Civil Veterinary Department. Central Provinces & Berar 1925-31 - 1925-1931
Year: 1925
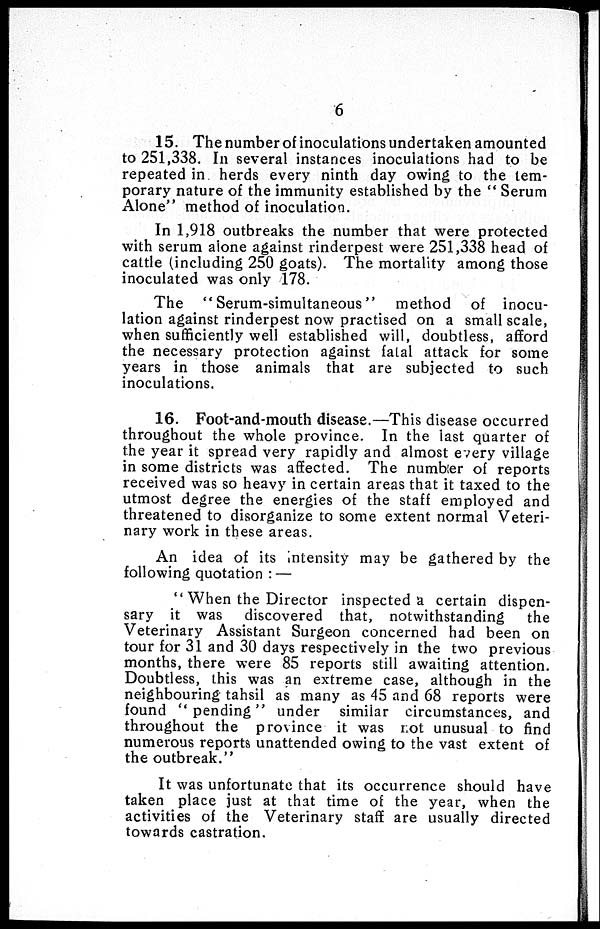
6
15. The number of inoculations undertaken amounted
to 251,338. In several instances inoculations had to be
repeated in herds every ninth day owing to the tem-
porary nature of the immunity established by the "Serum
Alone" method of inoculation.
In 1,918 outbreaks the number that were protected
with serum alone against rinderpest were 251,338 head of
cattle (including 250 goats). The mortality among those
inoculated was only 178.
The "Serum-simultaneous" method of inocu-
lation against rinderpest now practised on a small scale,
when sufficiently well established will, doubtless, afford
the necessary protection against fatal attack for some
years in those animals that are subjected to such
inoculations.
16. Foot-and-mouth disease.—This disease occurred
throughout the whole province. In the last quarter of
the year it spread very rapidly and almost every village
in some districts was affected. The number of reports
received was so heavy in certain areas that it taxed to the
utmost degree the energies of the staff employed and
threatened to disorganize to some extent normal Veteri-
nary work in these areas.
An idea of its intensity may be gathered by the
following quotation :—
"When the Director inspected a certain dispen-
sary it was discovered that, notwithstanding
the
Veterinary Assistant Surgeon concerned had been on
tour for 31 and 30 days respectively in the two previous
months, there were 85 reports still awaiting attention.
Doubtless, this was an extreme case, although in the
neighbouring tahsil as many as 45 and 68 reports were
found "pending" under similar circumstances, and
throughout the province it was not unusual to find
numerous reports unattended owing to the vast extent of
the outbreak."
It was unfortunate that its occurrence should have
taken place just at that time of the year, when the
activities of the Veterinary staff are usually directed
towards castration.